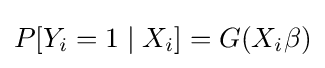
P[Y_{i}=1\mid X_{i}]=G(X_{i}\beta )